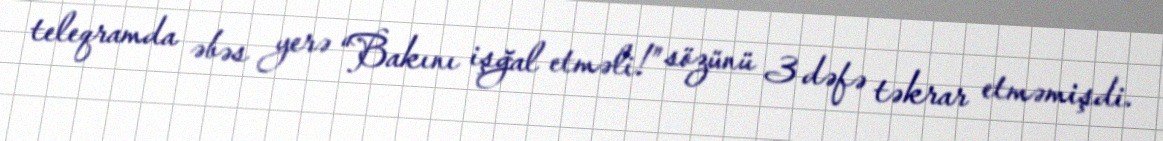
teleqramda əbəs yerə “Bakını işğal etməli!” sözünü 3 dəfə təkrar etməmişdi.